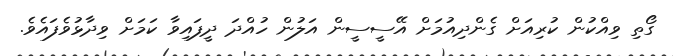
ގޯތި ވިއްކުން ކުރިއަށް ގެންދިއުމަށް އޭސީސީން އަލުން ހުއްދަ ދީފައިވާ ކަމަށް ވިދާޅުވެފައެވެ.